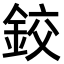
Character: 鉸